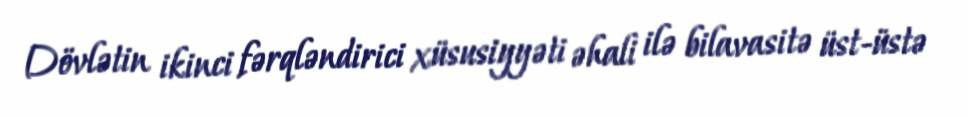
Dövlətin ikinci fərqləndirici xüsusiyyəti əhali ilə bilavasitə üst-üstə